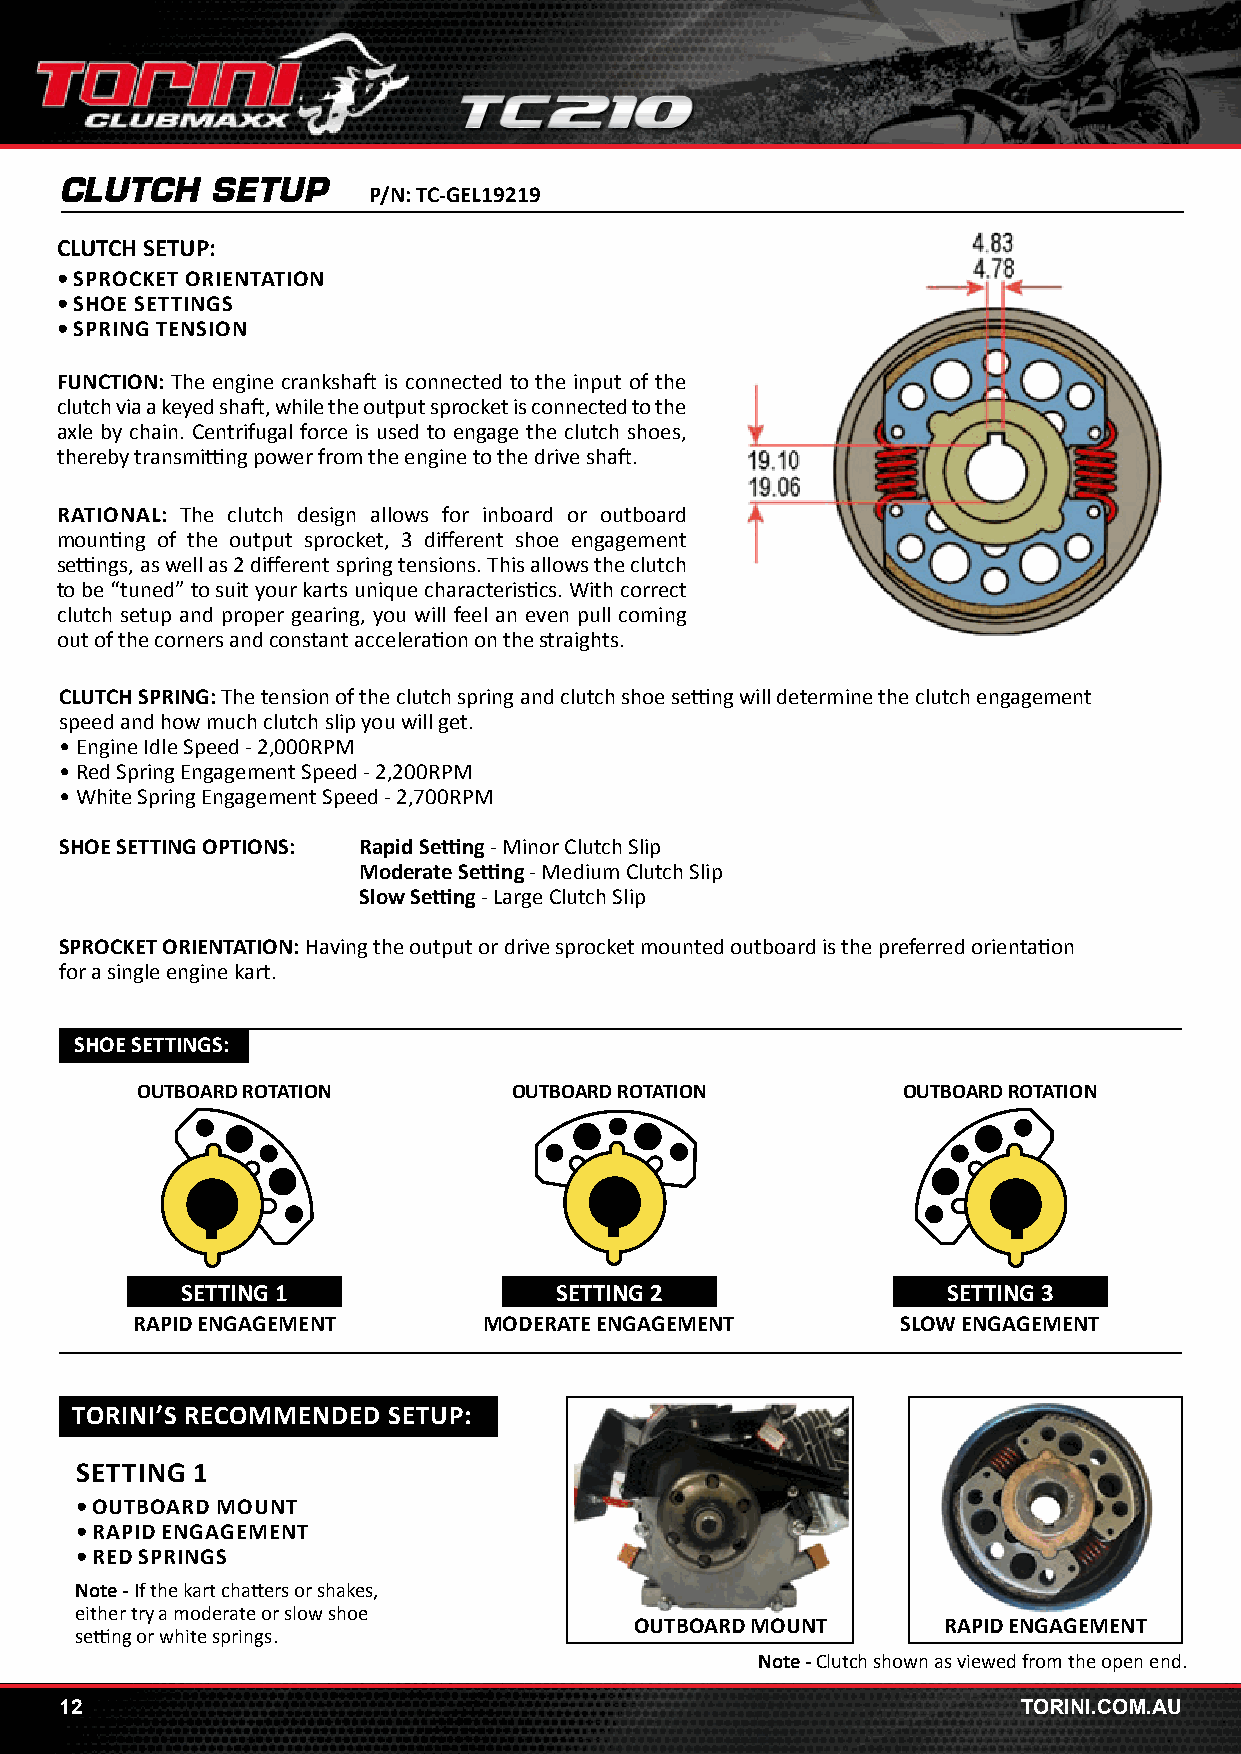
CLUTCH    SETUP
 P/N: TC-GEL19219
 CLUTCH SETUP:
 • SPROCKET ORIENTATION
 • SHOE SETTINGS
 • SPRING TENSION
 FUNCTION: The engine crankshaft is connected to the input of the
 clutch via a keyed shaft, while the output sprocket is connected to the
 axle by chain. Centrifugal force is used to engage the clutch shoes,
 thereby transmitting power from the engine to the drive shaft.
 RATIONAL: The clutch design allows for inboard or outboard
 mounting of the output sprocket, 3 different shoe engagement
 settings, as well as 2 different spring tensions. This allows the clutch
 to be “tuned” to suit your karts unique characteristics. With correct
 clutch setup and proper gearing, you will feel an even pull coming
 out of the corners and constant acceleration on the straights.
 CLUTCH SPRING: The tension of the clutch spring and clutch shoe setting will determine the clutch engagement
 speed and how much clutch slip you will get.
 • Engine Idle Speed - 2,000RPM
 • Red Spring Engagement Speed - 2,200RPM
 • White Spring Engagement Speed - 2,700RPM
 SHOE SETTING OPTIONS: Rapid Setting - Minor Clutch Slip
 Moderate Setting - Medium Clutch Slip
 Slow Setting - Large Clutch Slip
 SPROCKET ORIENTATION: Having the output or drive sprocket mounted outboard is the preferred orientation
 for a single engine kart.
 SHOE SETTINGS:
 OUTBOARD ROTATION        OUTBOARD ROTATION         OUTBOARD ROTATION
 SETTING 1                SETTING 2                 SETTING 3
 RAPID ENGAGEMENT       MODERATE ENGAGEMENT         SLOW ENGAGEMENT
 TORINI’S RECOMMENDED SETUP:
 SETTING 1
 • OUTBOARD MOUNT
 • RAPID ENGAGEMENT
 • RED SPRINGS
 Note - If the kart chatters or shakes,
 either try a moderate or slow shoe
 OUTBOARD MOUNT      RAPID ENGAGEMENT
 setting or white springs.
 Note - Clutch shown as viewed from the open end.
 12                                                              TORINI.COM.AU